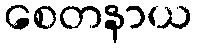
စေတနာယ